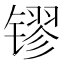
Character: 镠